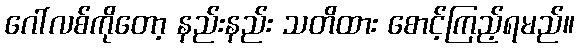
ဂေါ်လစ်ကိုတော့ နည်းနည်း သတိထား စောင့်ကြည့်ရမည်။